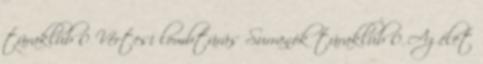
túraklub 0 Vértesi lombtúrás Surranók túraklub 0 Az élet